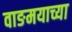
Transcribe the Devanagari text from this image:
वाङमयाच्या